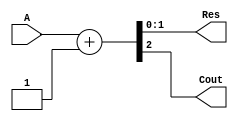
module my_incrementer(A, Res, Cout);
	input [1:0] A;
	output Cout;
	output [1:0] Res;
	reg [1:0] Res;
	reg Cout;
	always@ (A)
	begin
		{Cout, Res} = A+ 1;
	end
endmodule